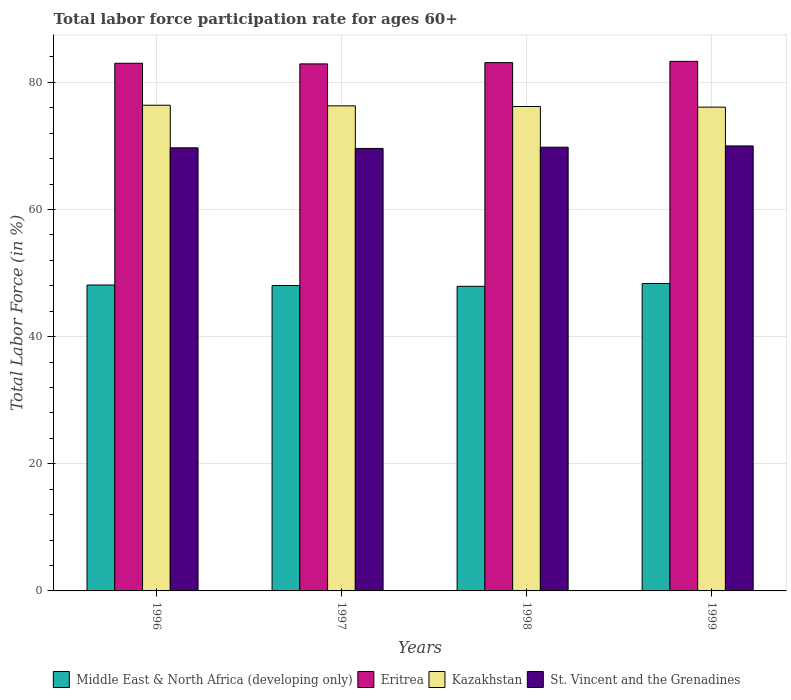
| Years | Middle East & North Africa (developing only) | Eritrea | Kazakhstan | St. Vincent and the Grenadines |
 | --- | --- | --- | --- | --- |
 | 1996 | 48.1 | 83 | 76.4 | 69.7 |
 | 1997 | 48 | 82.9 | 76.3 | 69.6 |
 | 1998 | 47.9 | 83.1 | 76.2 | 69.8 |
 | 1999 | 48.4 | 83.3 | 76.1 | 70 |